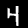
Digit: 4